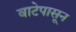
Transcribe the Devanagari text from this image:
वाटेपासून